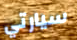
سيارتي